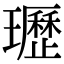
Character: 瓑